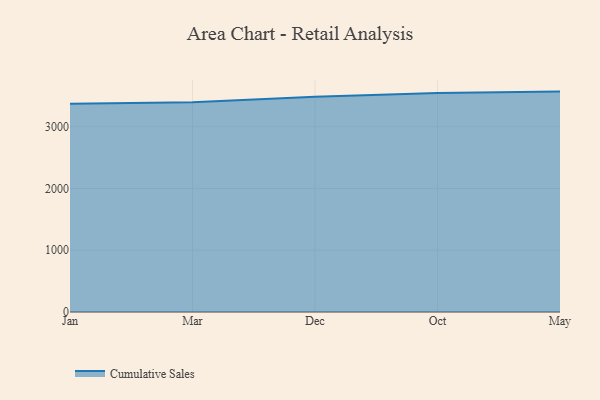
{"axis": {"x": "Month", "y": "LTV (USD)"}, "legend": ["Cumulative Sales"], "data": [{"x": "Jan", "y": 3373.8, "type": "Cumulative Sales"}, {"x": "Mar", "y": 3395.9, "type": "Cumulative Sales"}, {"x": "Dec", "y": 3487.4, "type": "Cumulative Sales"}, {"x": "Oct", "y": 3546.7, "type": "Cumulative Sales"}, {"x": "May", "y": 3569.2, "type": "Cumulative Sales"}]}